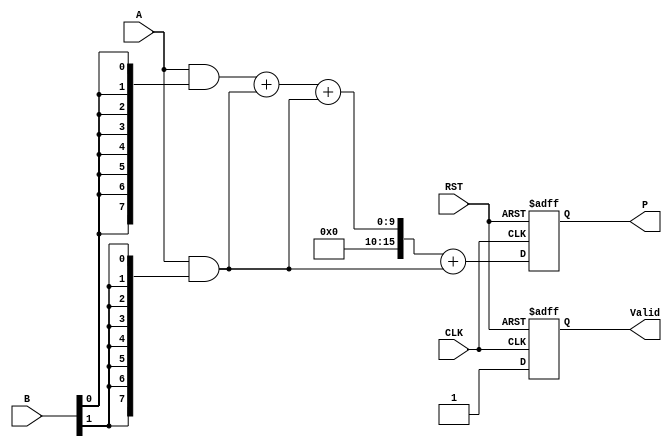
module WallaceTreeMultiplier #(parameter N = 8, M = 8)(
    input  wire [N-1:0] A,    // Multiplicand
    input  wire [M-1:0] B,    // Multiplier
    input  wire CLK,           // Clock
    input  wire RST,           // Reset
    output reg  [N+M-1:0] P,   // Product
    output reg  Valid          // Product valid signal
);

// Internal signals
wire [N-1:0] partial_products[M-1:0]; // Partial products
wire [N+M-1:0] sum_level1[M-1:0];      // Level 1 sums
wire [N+M-1:0] sum_level2[M-1:0];      // Level 2 sums
wire [N+M-1:0] final_sum;               // Final sum

// Partial Product Generation
genvar i;
generate
    for (i = 0; i < M; i = i + 1) begin : pp_gen
        assign partial_products[i] = A & {N{B[i]}}; // AND each bit of B with A
    end
endgenerate

// Wallace Tree Reduction
// Level 1: Combine using Half-Adders and Full-Adders
generate
    for (i = 0; i < M; i = i + 1) begin: level1
        if (i % 2 == 0 && i + 1 < M) begin
            assign sum_level1[i] = partial_products[i] + partial_products[i + 1]; // Simple addition for pairs
        end else if (i % 2 == 1) begin
            assign sum_level1[i] = partial_products[i]; // Carry forward the odd indexed products
        end
    end
endgenerate

// Level 2: Further reduction
generate
    for (i = 0; i < M/2; i = i + 1) begin: level2
        if (i % 2 == 0 && i + 1 < M/2) begin
            assign sum_level2[i] = sum_level1[i] + sum_level1[i + 1]; // Simple addition for pairs
        end else if (i % 2 == 1) begin
            assign sum_level2[i] = sum_level1[i]; // Carry forward the odd indexed sums
        end
    end
endgenerate

// Final Addition using CPA (Carry Propagate Adder)
assign final_sum = sum_level2[0] + sum_level2[1]; // Add the last two sums

// Output Registering and Control Logic
always @(posedge CLK or posedge RST) begin
    if (RST) begin
        P <= 0;
        Valid <= 0;
    end else begin
        P <= final_sum;
        Valid <= 1; // Assert valid when the product is ready
    end
end

endmodule